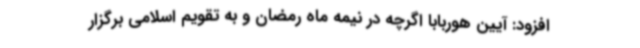
افزود: آیین هوربابا اگرچه در نیمه ماه رمضان و به تقویم اسلامی برگزار